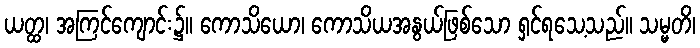
ယတ္ထ၊ အကြင်ကျောင်း၌။ ကောသိယော၊ ကောသိယအနွယ်ဖြစ်သော ရှင်ရသေ့သည်။ သမ္မတိ၊